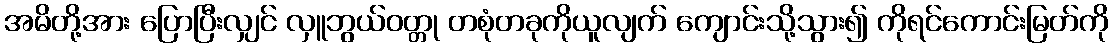
အမိတို့အား ပြောပြီးလျှင် လှူဘွယ်ဝတ္တု တစုံတခုကိုယူလျက် ကျောင်းသို့သွား၍ ကိုရင်ကောင်းမြတ်ကို